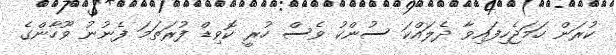
ކުރަން ހަމަޖެހިފައިވާ ދެލައްކަ ސުންކު ވެސް ހުރީ ކޮވިޑް ފުރަތަމަ ފެނުނު ވޫހާންގެ